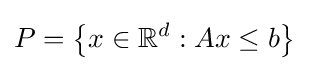
P=\left\{x\in \mathbb {R} ^{d}:Ax\leq b\right\}